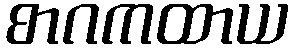
စာဂကထာယ